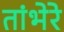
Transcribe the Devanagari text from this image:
तांभेरे